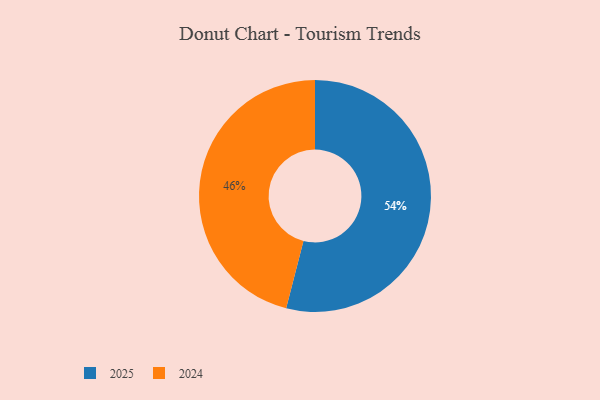
{"axis": {"x": "Category", "y": "Percentage"}, "legend": ["2024", "2025"], "data": [{"x": "2025", "y": 54, "type": "2025"}, {"x": "2024", "y": 46, "type": "2024"}]}